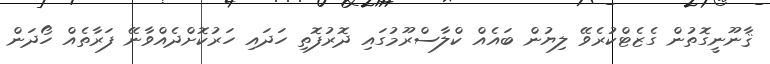
ޤާނޫނީގޮތުން ގެޒެޓްކުރެވޭ ލިޔުން ބައެއް ކްލާސްރޫމުގައި ދޮރުފޮތި ހަދައި ހަރުކޮށްދެއްވާނޭ ފަރާތެއް ހޯދަން